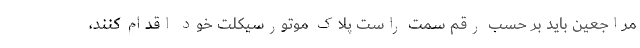
مراجعین باید بر حسب رقم سمت راست پلاک موتورسیکلت خود اقدام کنند،